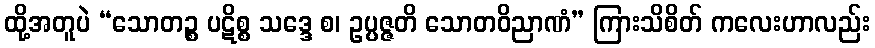
ထို့အတူပဲ “သောတဉ္စ ပဋိစ္စ သဒ္ဒေ စ၊ ဥပ္ပဇ္ဇတိ သောတဝိညာဏံ” ကြားသိစိတ် ကလေးဟာလည်း